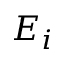
E _ { i }